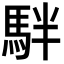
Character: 𩢔